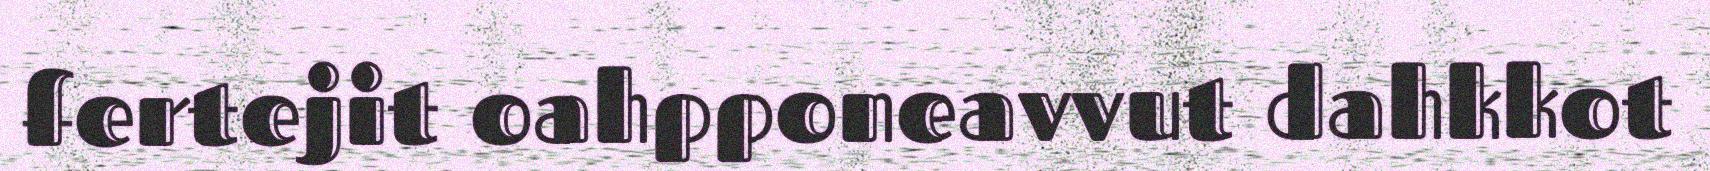
fertejit oahpponeavvut dahkkot